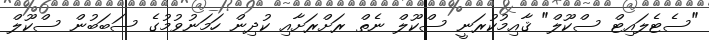
"ސެޓެލައިޓް ސްކޫލް" ޤާއިމުކުރަނީ ސްކޫލް ނެތް ރަށްރަށާއި ކުދިން ހަމަނުވުމުގެ ސަބަބުން ސްކޫލް